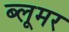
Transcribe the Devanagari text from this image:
ब्लूमर